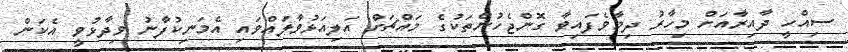
ސިއްހީ ދާއިރާއަށް މިހާރު ދިމާވެފައިވާ ގޮންޖެހުންތަކުގެ މައްޗަށް އަލިއަޅުވާލައްވައި އެމަނިކުފާނު ވިދާޅުވީ އެކަން